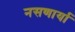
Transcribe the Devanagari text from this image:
नसणार्या